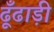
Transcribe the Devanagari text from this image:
ढूँढाड़ी